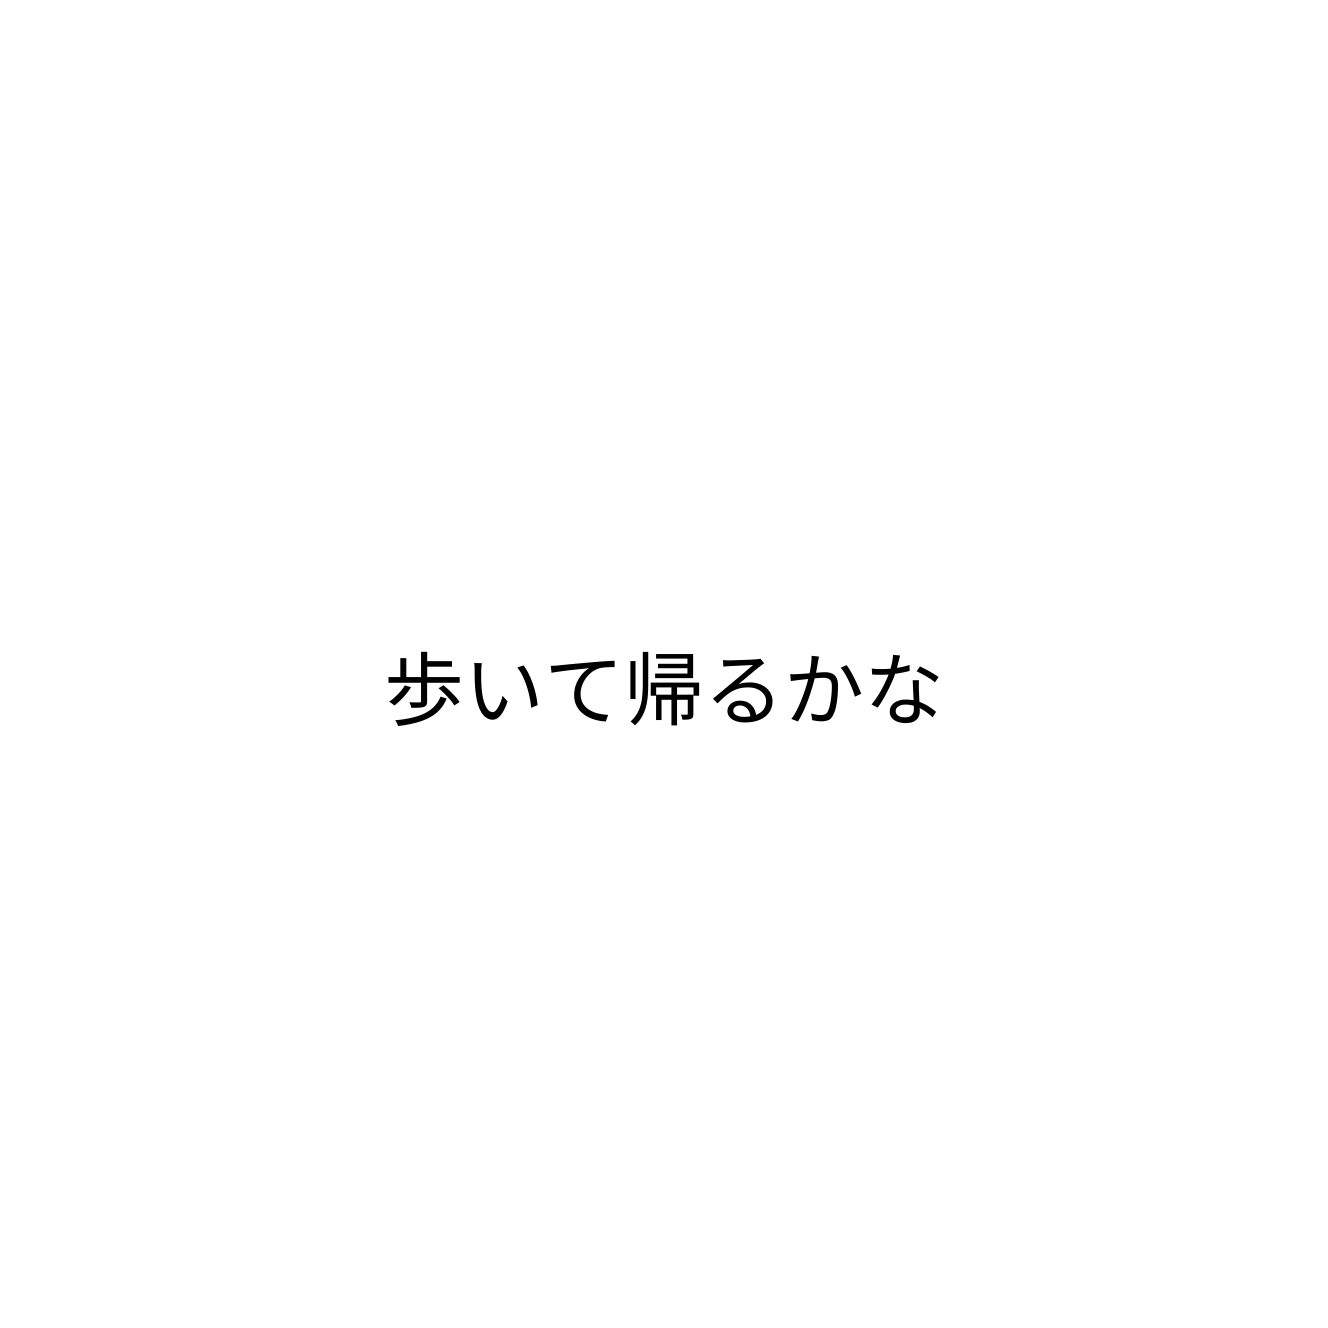
歩いて帰るかな